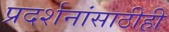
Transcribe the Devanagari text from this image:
प्रदर्शनांसाठीही